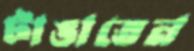
টাঙাতেন